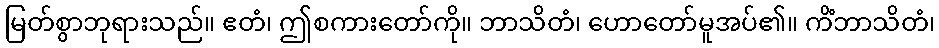
မြတ်စွာဘုရားသည်။ ဧတံ၊ ဤစကားတော်ကို။ ဘာသိတံ၊ ဟောတော်မူအပ်၏။ ကိံဘာသိတံ၊